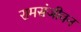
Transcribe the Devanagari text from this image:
रामसंजीवन